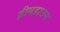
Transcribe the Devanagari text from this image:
ब्रीमडाउन